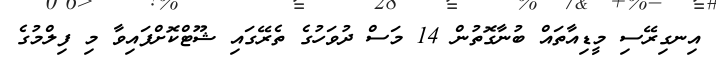
އިނގިރޭސި މީޑިއާތައް ބުނާގޮތުން 14 މަސް ދުވަހުގެ ތެރޭގައި ޝޫޓްކޮށްފައިވާ މި ފިލްމުގެ